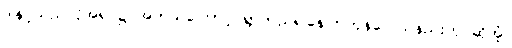
ဒါနှင့်သည်လိုအရပ်၌ အဘယ်ကြောင့် ရွာတည်၍နေကြကုန်လေသနည်းဟု ဆိုအံ့။